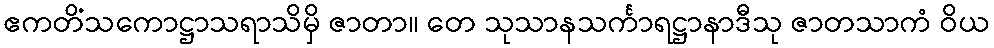
ဧကတိံသကောဋ္ဌာသရာသိမှိ ဇာတာ။ တေ သုသာနသင်္ကာရဋ္ဌာနာဒီသု ဇာတသာကံ ဝိယ